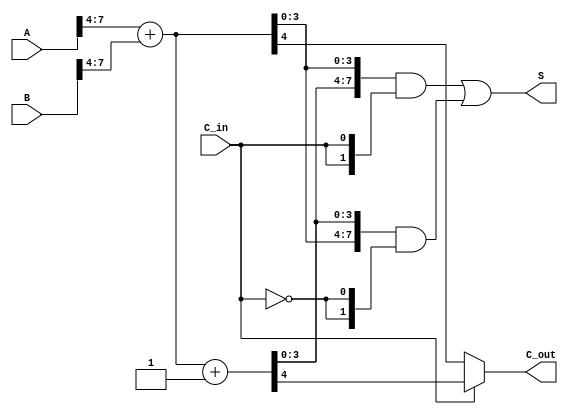
module CarrySelectAdder #(parameter N = 8) (
    input  [N-1:0] A,       // First n-bit input
    input  [N-1:0] B,       // Second n-bit input
    input         C_in,     // Carry-in
    output [N-1:0] S,       // Sum output
    output        C_out      // Carry-out
);

    localparam BLOCK_SIZE = 4; // Size of each block
    localparam NUM_BLOCKS = N / BLOCK_SIZE; // Number of blocks

    // Intermediate signals for sums and carry outs
    wire [BLOCK_SIZE-1:0] S0[0:NUM_BLOCKS-1];
    wire [BLOCK_SIZE-1:0] S1[0:NUM_BLOCKS-1];
    wire C0[0:NUM_BLOCKS-1];
    wire C1[0:NUM_BLOCKS-1];
    
    wire [BLOCK_SIZE-1:0] S0_C1[0:NUM_BLOCKS-1];
    wire [BLOCK_SIZE-1:0] S1_C1[0:NUM_BLOCKS-1];
    wire C0_C1[0:NUM_BLOCKS-1];
    wire C1_C1[0:NUM_BLOCKS-1];

    // Generate blocks
    genvar i;
    generate
        for (i = 0; i < NUM_BLOCKS; i = i + 1) begin : CSA_BLOCKS
            // Calculate indices for the current block
            wire [BLOCK_SIZE-1:0] A_block = A[(i+1)*BLOCK_SIZE-1:i*BLOCK_SIZE];
            wire [BLOCK_SIZE-1:0] B_block = B[(i+1)*BLOCK_SIZE-1:i*BLOCK_SIZE];

            // Adder for C_in = 0
            assign {C0[i], S0[i]} = A_block + B_block;

            // Adder for C_in = 1
            assign {C1[i], S1[i]} = A_block + B_block + 1;

            // If not the first block, carry in to the next block
            if (i > 0) begin
                assign {C0_C1[i], S0_C1[i]} = {C0[i-1], S0[i]} + {C0[i-1], B_block};
                assign {C1_C1[i], S1_C1[i]} = {C1[i-1], S1[i]} + {C1[i-1], B_block};
            end else begin
                assign C0_C1[i] = 0;
                assign C1_C1[i] = 0;
            end
        end
    endgenerate

    // Final selection based on C_in
    assign S = {S1[1], S0[1]} & {NUM_BLOCKS{C_in}} | {S0[1], S1[1]} & {NUM_BLOCKS{~C_in}};
    assign C_out = (C_in ? C1[NUM_BLOCKS-1] : C0[NUM_BLOCKS-1]);

endmodule